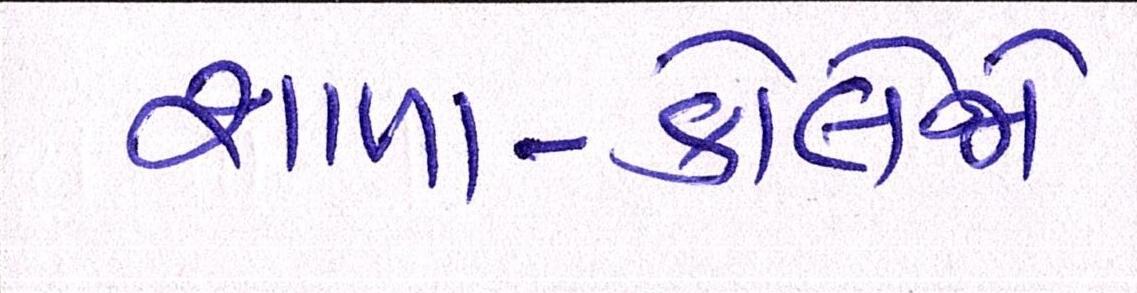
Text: શાળા-કોલેજો